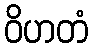
ဝိဟတံ